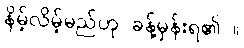
နိမ့်လိမ့်မည်ဟု ခန့်မှန်းရ၏ ။